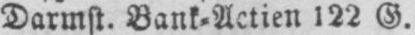
Darmst. Bank⸗Actien 122 G.